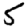
Digit: 5